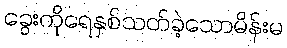
ခွေးကိုရေနှစ်သတ်ခဲ့သောမိန်းမ